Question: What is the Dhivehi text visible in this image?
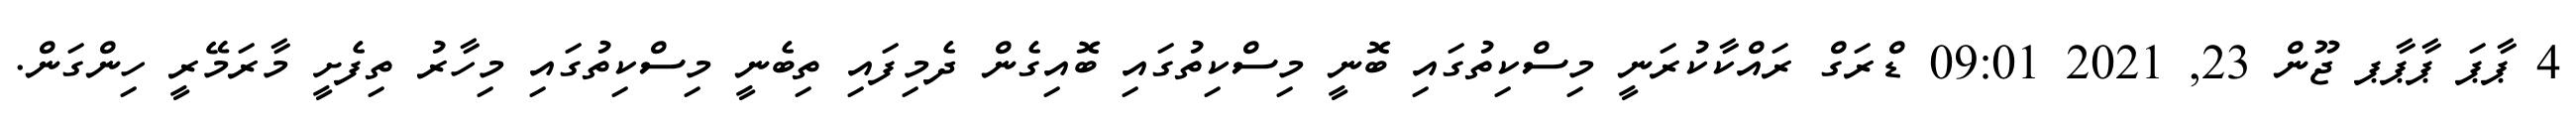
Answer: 4 ޕާޕަ ޕާޕާޕ ޖޫން 23, 2021 09:01 ޑްރަގް ރައްކާކުރަނީ މިސްކިތުގައި ބޮނީ މިސްކިތުގައި ބޮއިގެން ދެމިފައި ތިބެނީ މިސްކިތުގައި މިހާރު ތިފެށީ މާރަމޭރީ ހިންގަން.